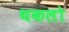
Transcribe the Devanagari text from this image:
थकलो